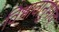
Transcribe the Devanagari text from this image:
विभावानुभाव